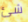
شئ